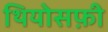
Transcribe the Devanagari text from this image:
थियोसफ़ी